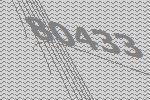
80433